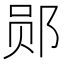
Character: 郧